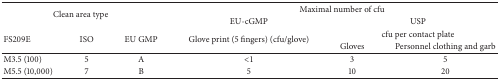
<table><thead><tr><td rowspan="2" colspan="3"><b>Clean area type</b></td><td colspan="3"><b>Maximal number of cfu</b></td></tr><tr><td><b>EU-cGMP</b></td><td colspan="2"><b>USP</b></td></tr><tr><td rowspan="2"><b>FS209E</b></td><td rowspan="2"><b>ISO</b></td><td rowspan="2"><b>EU GMP</b></td><td rowspan="2"><b>Glove print (5 fingers) (cfu/glove)</b></td><td colspan="2"><b>cfu per contact plate</b></td></tr><tr><td><b>Gloves</b></td><td><b>Personnel clothing and garb</b></td></tr></thead><tbody><tr><td>M3.5 (100)</td><td>5</td><td>A</td><td>&lt;1</td><td>3</td><td>5</td></tr><tr><td>M5.5 (10,000)</td><td>7</td><td>B</td><td>5</td><td>10</td><td>20</td></tr></tbody></table>